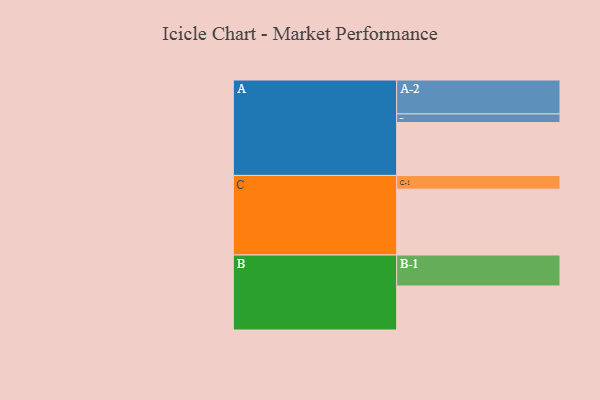
{"axis": {"x": "Segment", "y": "Value"}, "legend": ["", "A", "B", "C"], "data": [{"x": "A", "y": 424, "type": ""}, {"x": "B", "y": 353, "type": ""}, {"x": "C", "y": 528, "type": ""}, {"x": "A-1", "y": 69, "type": "A"}, {"x": "A-2", "y": 272, "type": "A"}, {"x": "B-1", "y": 248, "type": "B"}, {"x": "C-1", "y": 110, "type": "C"}]}